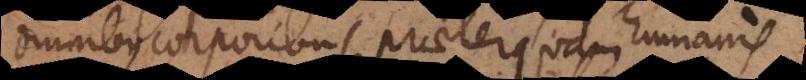
omnibus corporibus praeterquam humanis